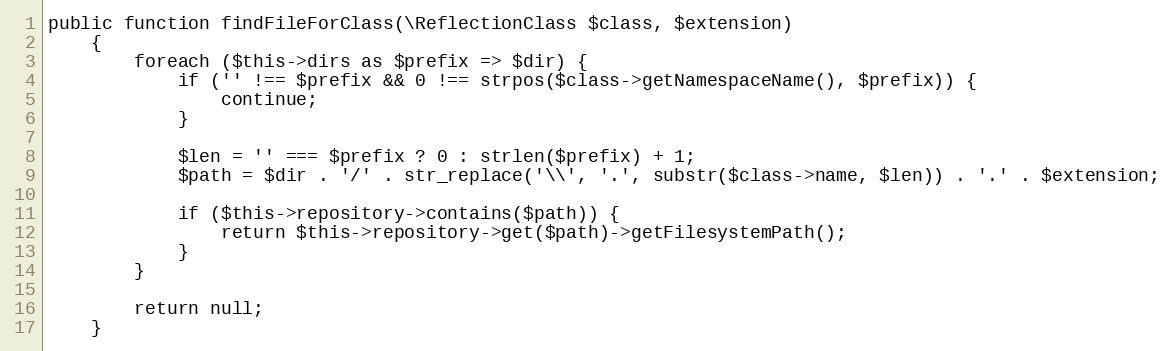
Language: PHP
public function findFileForClass(\ReflectionClass $class, $extension)
    {
        foreach ($this->dirs as $prefix => $dir) {
            if ('' !== $prefix && 0 !== strpos($class->getNamespaceName(), $prefix)) {
                continue;
            }

            $len = '' === $prefix ? 0 : strlen($prefix) + 1;
            $path = $dir . '/' . str_replace('\\', '.', substr($class->name, $len)) . '.' . $extension;

            if ($this->repository->contains($path)) {
                return $this->repository->get($path)->getFilesystemPath();
            }
        }

        return null;
    }